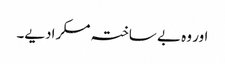
اور وہ بے ساختہ مسکرادیے۔